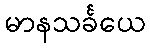
မာနသင်္ခယေ